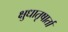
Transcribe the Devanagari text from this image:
क्षुधातृषार्ता